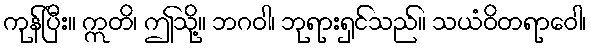
ကုန်ပြီး။ ဣတိ၊ ဤသို့။ ဘဂဝါ၊ ဘုရားရှင်သည်။ သယံဝိတရာဝေါ၊